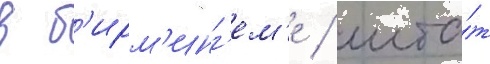
в б'ирм'инг'ем'е / шта́т